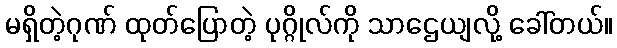
မရှိတဲ့ဂုဏ် ထုတ်ပြောတဲ့ ပုဂ္ဂိုလ်ကို သာဌေယျလို့ ခေါ်တယ်။